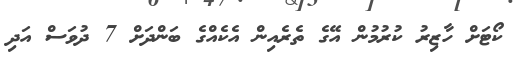
ކޯޓަށް ހާޒިރު ކުރުމުން އޭގެ ތެރެއިން އެކެއްގެ ބަންދަށް 7 ދުވަސް އަދި